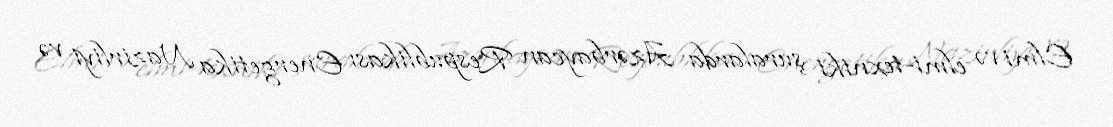
Elmi və elmi-texniki şuralarda Azərbaycan Respublikası Energetika Nazirliyi və